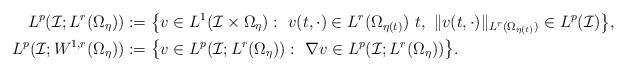
LaTeX: \begin{align*}L^p(\mathcal I;L^r(\Omega_\eta))&:=\big\{v\in L^1(\mathcal I\times\Omega_\eta):\,\,v(t,\cdot)\in L^r(\Omega_{\eta(t)})\,\,t,\,\,\|v(t,\cdot)\|_{L^r(\Omega_{\eta(t)})}\in L^p(\mathcal I)\big\},\\L^p(\mathcal I;W^{1,r}(\Omega_\eta))&:=\big\{v\in L^p(\mathcal I;L^r(\Omega_\eta)):\,\,\nabla v\in L^p(\mathcal I;L^r(\Omega_\eta))\big\}.\end{align*}